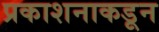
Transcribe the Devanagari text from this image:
प्रकाशनाकडून